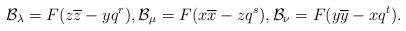
LaTeX: \begin{align*}\mathcal B_\lambda = F (z \overline z - y q^r),\mathcal B_\mu = F (x \overline x - z q^s),\mathcal B_\nu = F (y \overline y - x q^t).\end{align*}